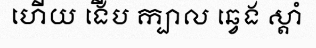
ហើយ ងើប ក្បាល ឆ្វេង ស្តាំ